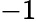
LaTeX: -1